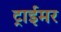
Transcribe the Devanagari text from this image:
ट्राईमर